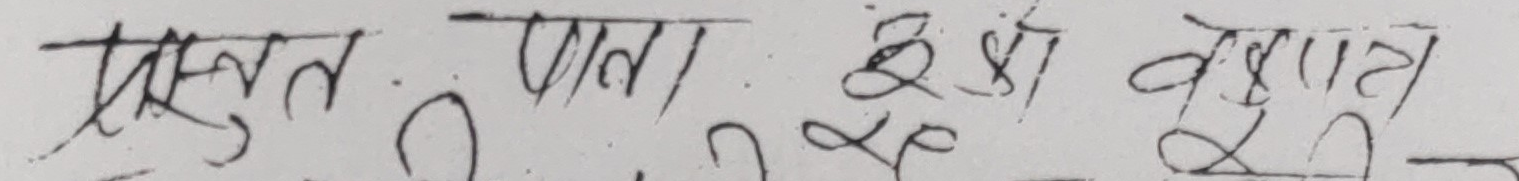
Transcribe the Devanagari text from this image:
प्रस्तुत फलाना केशा वेस्ता